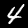
Label: 4